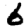
Digit: 6